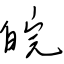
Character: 皖